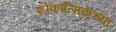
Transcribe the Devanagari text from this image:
शोकात्मिकेच्या